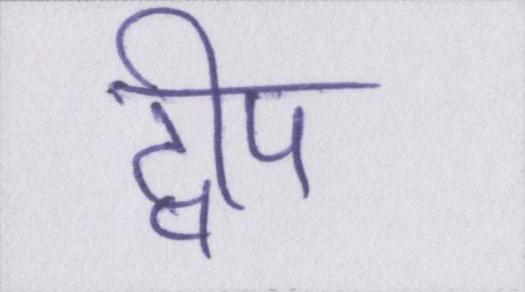
द्वीप